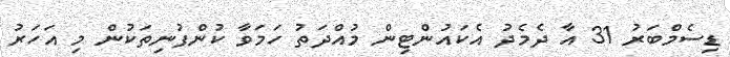
ޑިސެމްބަރު 31 އާ ދެމެދު އެކައުންޓިން މުއްދަތު ހަމަވާ ކުންފުނިތަކުން މި އަހަރު